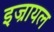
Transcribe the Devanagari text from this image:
इज्रायल